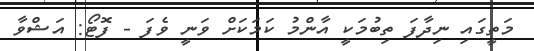
މަތީގައި ނިދާފަ ތިބުމަކީ އާންމު ކަމަކަށް ވަނީ ވެފަ - ފޮޓޯ: އަޝްވާ